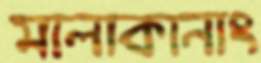
মালাকানাং